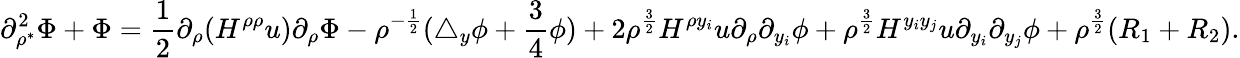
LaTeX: \partial_{\rho^{*}}^{2}\Phi+\Phi=\frac 12\partial_{\rho}(H^{\rho\rho}u)\partial_{\rho}\Phi-\rho^{-\frac 12}(\triangle_{y}\phi+\frac 34\phi)+2\rho^{\frac 32}H^{\rho y_{i}}u\partial_{\rho}\partial_{y_{i}}\phi+\rho^{\frac 32}H^{y_{i}y_{j}}u\partial_{y_{i}}\partial_{y_{j}}\phi+\rho^{\frac 32}(R_{1}+R_{2}).